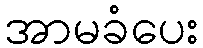
အာမခံပေး